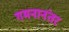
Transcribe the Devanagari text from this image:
गमनानंतर